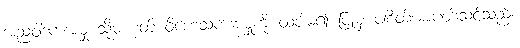
အညဝါဒကအမှု သို့မဟုတ် ဝိဟေသကအမှုကို ထပ်မံ၍ ပြုမှ ပါစိတ်အာပတ်သင့်သည်။